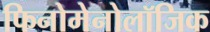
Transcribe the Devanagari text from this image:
फिनोमेनोलॉजिक